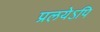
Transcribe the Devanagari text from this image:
प्रलयेऽपि